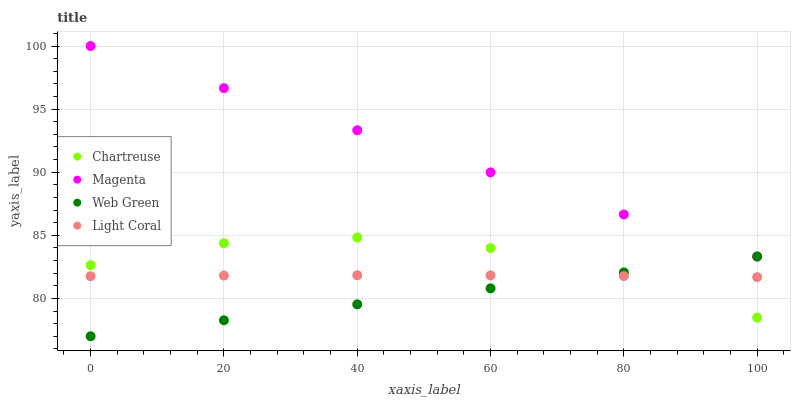
| xaxis_label | Chartreuse | Magenta | Web Green | Light Coral |
 | --- | --- | --- | --- | --- |
 | 0 | 82.6 | 100 | 77 | 81.8 |
 | 20 | 84.4 | 96.7 | 78.3 | 81.8 |
 | 40 | 84.8 | 93.3 | 79.5 | 81.8 |
 | 60 | 84 | 90 | 80.8 | 81.8 |
 | 80 | 81.9 | 86.6 | 82.1 | 81.8 |
 | 100 | 78.5 | 83.3 | 83.3 | 81.7 |